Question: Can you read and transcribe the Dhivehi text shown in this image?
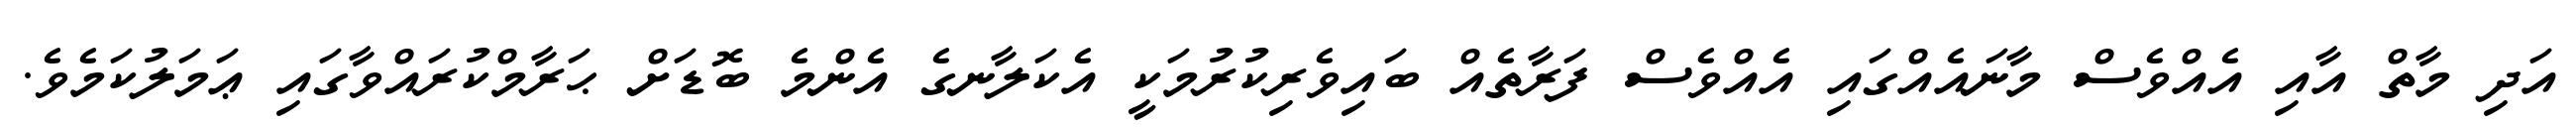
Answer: އަދި މާތް އާއި އެއްވެސް މާނައެއްގައި އެއްވެސް ފަރާތެއް ބައިވެރިކުރުމަކީ އެކަލާނގެ އެންމެ ބޮޑަށް ޙަރާމްކުރައްވާގައި ޢަމަލުކަމެވެ.